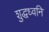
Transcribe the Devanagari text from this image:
शुद्धध्वनि